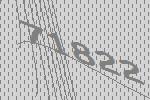
71822